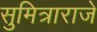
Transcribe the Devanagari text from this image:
सुमित्राराजे